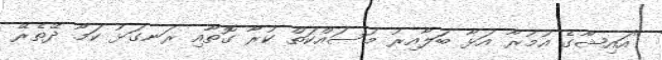
"އައިޝާގެ އުމުރާ އަޅާ ބަލާއިރު މަސައްކަތް ކުރާ ގޮތާއި ރަނގަޅު ކަމާ ދޭތެރޭ